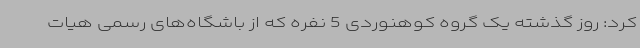
کرد: روز گذشته یک گروه کوهنوردی 5 نفره که از باشگاه‌های رسمی هیات